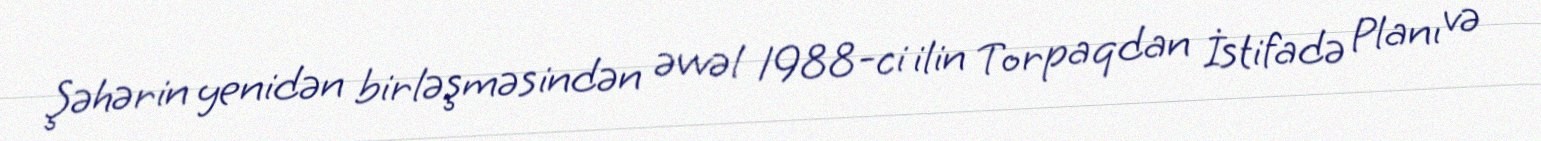
Şəhərin yenidən birləşməsindən əvvəl 1988-ci ilin Torpaqdan İstifadə Planı və